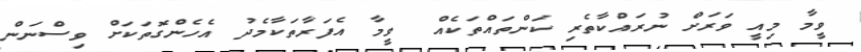
ވީމާ މިއީ ވަރަށް ނުރައްކާތެރި ކަންތައްތަކެއް  ވީމާ އެފަރާތަކާމެދު އެހެންގޮތަކަށް ވިސްނަން